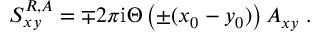
S _ { x y } ^ { R , A } = \mp 2 \pi { \mathrm i } \Theta \left( \pm ( x _ { 0 } - y _ { 0 } ) \right) { \cal A } _ { x y } \; .